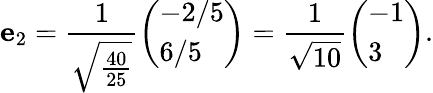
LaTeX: \mathbf{e}_{2}={\frac{1}{\sqrt{\frac{40}{25}}}}{\left(\begin{array}{l}{-2/5}\\ {6/5}\end{array}\right)}={\frac{1}{\sqrt{10}}}{\left(\begin{array}{l}{-1}\\ {3}\end{array}\right)}.